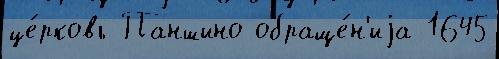
це́рковь Паншино обраще́н'иjа 1645